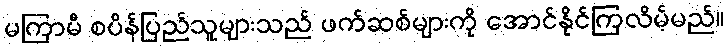
မကြာမီ စပိန်ပြည်သူများသည် ဖက်ဆစ်များကို အောင်နိုင်ကြလိမ့်မည်။